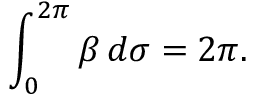
\int _ { 0 } ^ { 2 \pi } \beta \, d \sigma = 2 \pi .